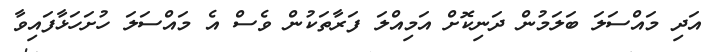
އަދި މައްސަލަ ބަލަމުން ދަނިކޮށް އަމިއްލަ ފަރާތަކުން ވެސް އެ މައްސަލަ ހުށަހަޅާފައިވާ